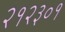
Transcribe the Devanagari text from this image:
२१२३०१